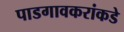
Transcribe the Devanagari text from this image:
पाडगावकरांकडे